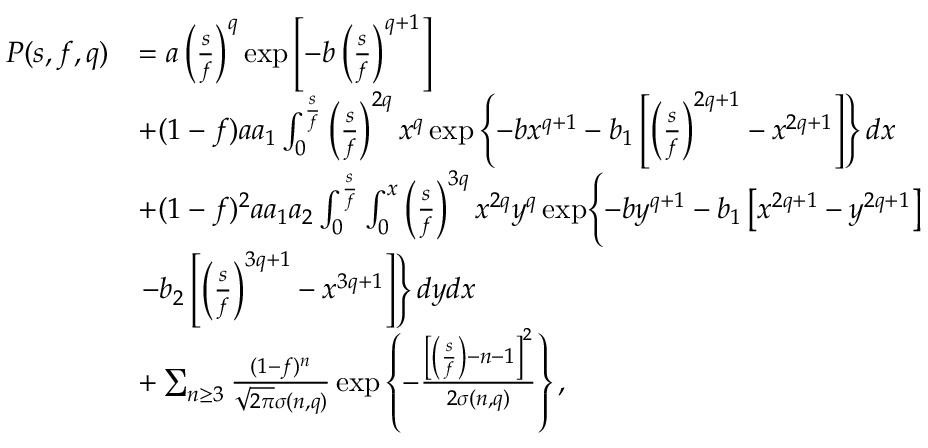
\begin{array} { r l } { P ( s , f , q ) } & { = a \left( \frac { s } { f } \right) ^ { q } \exp \left[ - b \left( \frac { s } { f } \right) ^ { q + 1 } \right] } \\ & { + ( 1 - f ) a a _ { 1 } \int _ { 0 } ^ { \frac { s } { f } } \left( \frac { s } { f } \right) ^ { 2 q } x ^ { q } \exp \left\{ - b x ^ { q + 1 } - b _ { 1 } \left[ \left( \frac { s } { f } \right) ^ { 2 q + 1 } - x ^ { 2 q + 1 } \right] \right\} d x } \\ & { + ( 1 - f ) ^ { 2 } a a _ { 1 } a _ { 2 } \int _ { 0 } ^ { \frac { s } { f } } \int _ { 0 } ^ { x } \left( \frac { s } { f } \right) ^ { 3 q } x ^ { 2 q } y ^ { q } \exp \Biggl \{ - b y ^ { q + 1 } - b _ { 1 } \left[ x ^ { 2 q + 1 } - y ^ { 2 q + 1 } \right] \Biggr . } \\ & { \left. - b _ { 2 } \left[ \left( \frac { s } { f } \right) ^ { 3 q + 1 } - x ^ { 3 q + 1 } \right] \right\} d y d x } \\ & { + \sum _ { n \geq 3 } \frac { ( 1 - f ) ^ { n } } { \sqrt { 2 \pi } \sigma ( n , q ) } \exp \left\{ - \frac { \left[ \left( \frac { s } { f } \right) - n - 1 \right] ^ { 2 } } { 2 \sigma ( n , q ) } \right\} , } \end{array}